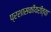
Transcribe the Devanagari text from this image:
प्रशासकीयरीत्या